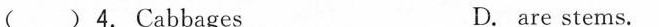
( ) 4. Cabbages D. are stems.